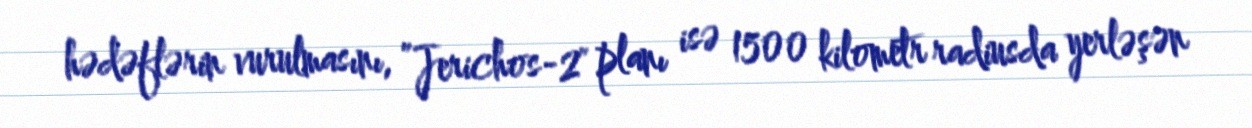
hədəflərin vurulmasını, ”Jerichos-2" planı isə 1500 kilometr radiusda yerləşən